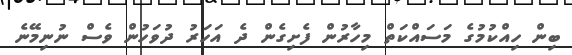
ބިން ހިއްކުމުގެ މަސައްކަތް މިހާރުން ފެށިގެން ދެ އަހަރު ދުވަހުން ވެސް ނުނިމޭނެ